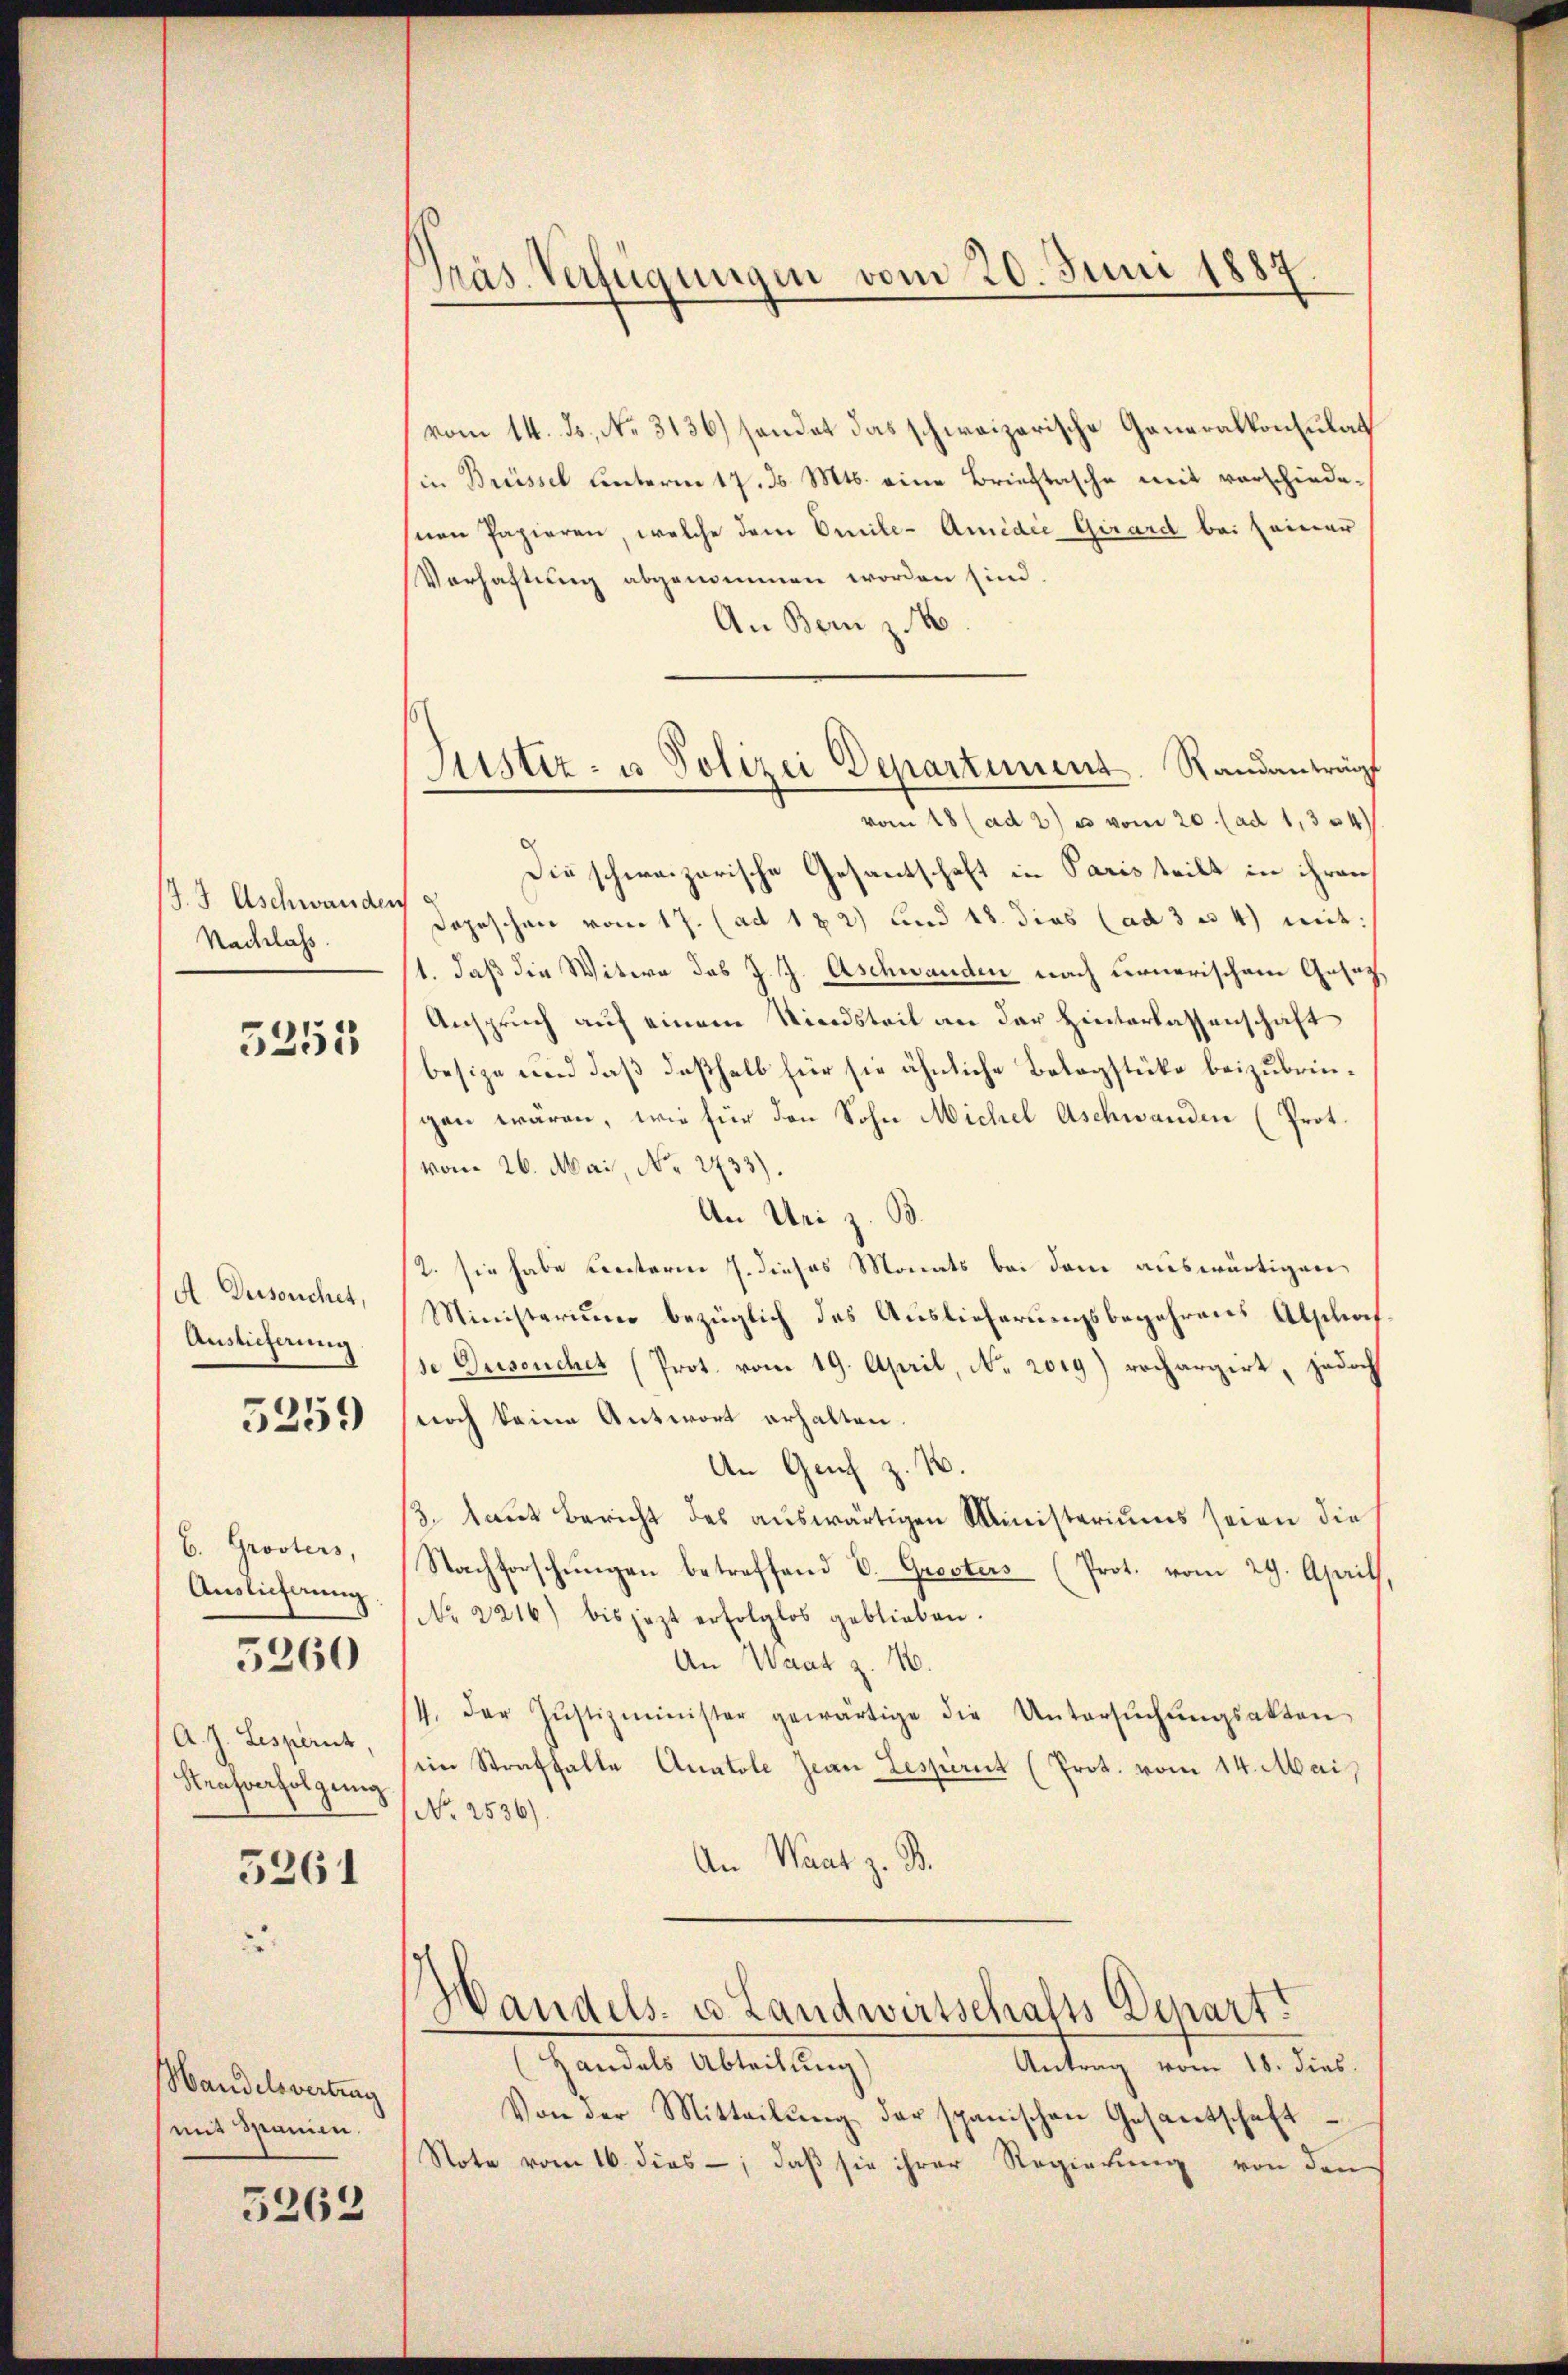
J. Aschwanden
Nachlass.

5255

A. Derseuchet,
Auslieferung

5259

b. Grosters,
Auslieferung.

5260

A. J. Lespant,
Krasverfolgung

5261

2

Mandelsvertrag
mit Spanien.

5263

Präs. Verfügungen vom 20. Juni 1887

Justiz- u Polizei Departement. Standanträgt
vom 18 (ad 2) es vom 20. (ad 1,354

vom 14. Js. No. 3136) sondet das schweizerische Generalkonsulat
in Brüssel unterm 17. Js. Mts. eine Brieftasche mit vorschiede-
snen Papieren, welche dem Oenile-Amidie Girard bei seiner
Verhaftung abgenommen worden sind
An Bern z
Die schweizerische Gesantschaft in Paris teilt in ihren
Depeschen vom 17. (ad 122) und 18. dies (ad 3 4) mit:
/1. daß die Witwe das J. J. Aschwanden nach Fernerischem Gesag¬
Anspruch auf einem Kindsteit an der Hinterlassenschaft
besize und daß deßhalb für sie ähnliche Belagstücke beizubringen wären, wie für den Sohn Michel Aschwanden (Prot.
(vom 26. Mai, No. 2733).
An Uri z. B.
2. sie habe Cereterm 7. dieses Monats bei dem auswärtigen,
Ministerium bezüglich des Auslieferungsbegehrens Abschaf
se Duseuchet (Prot. vom 19. April, No 2019) rechargirt, jedoch
noch keine Antwort erhalten.
An Genf z. B.
3. laut Bericht des auswärtigen Ministeriums seien die
Nachforschungen betreffend E. Grosters (Prot. vom 29. April
No 2216) bis jezt erfolglos geblieben.
An Waatz. 16.
/4. der Justizminister gewärtige die Untersŭchŭngsakten
ein Strafhalte Anatole Jean Resperrt (Prot. vom 14. Mai,
No 2536).
An Waat z. B.
Handels- u. Landwirtschalts Depart
Handels Abteilung)
Antrag vom 18. dies
Von der Mitteilŭng der spanischen Gesantschaft
Note vom 16. dies ; daß sie ihrer Regierung von den